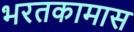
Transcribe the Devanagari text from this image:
भरतकामास